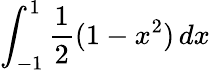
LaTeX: \displaystyle\int_{-1}^{1}{\frac{1}{2}}(1-x^{2})\, dx